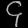
Digit: ၄